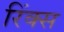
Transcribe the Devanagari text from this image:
रिंक्स